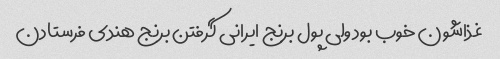
غذاشون خوب بود ولی پول برنج ایرانی گرفتن برنج هندی فرستادن